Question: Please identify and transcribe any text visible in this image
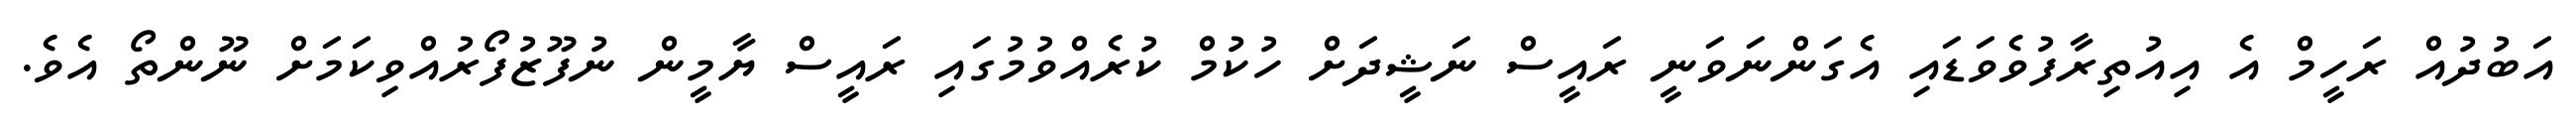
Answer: އަބުދުއް ރަހީމް އެ އިއުތިރާފުވެވަޑައި އެގަންނަވަނީ ރައީސް ނަޝީދަށް ހުކުމް ކުރެއްވުމުގައި ރައީސް ޔާމީން ނުފޫޒުފޯރުއްވިކަމަށް ނޫންތޯ އެވެ.